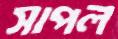
সাপল